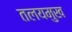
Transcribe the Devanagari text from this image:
तलयमुख